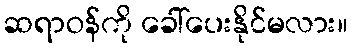
ဆရာဝန်ကို ခေါ်ပေးနိုင်မလား။